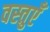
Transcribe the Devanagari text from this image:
वस्‍तुएँ